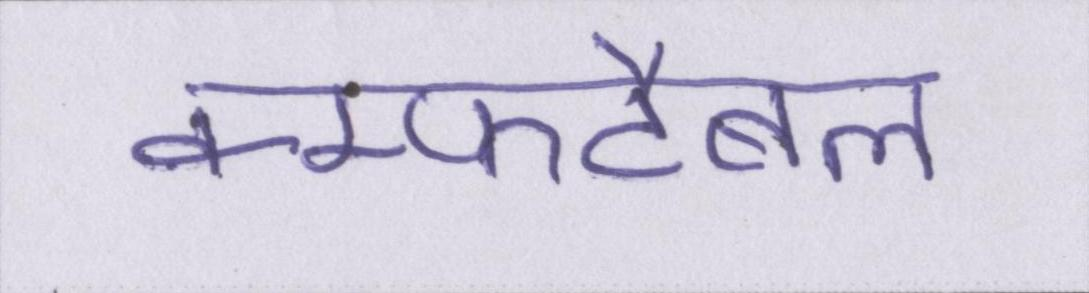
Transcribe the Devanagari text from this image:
कम्फर्टेबल